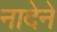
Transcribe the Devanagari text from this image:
नादेने